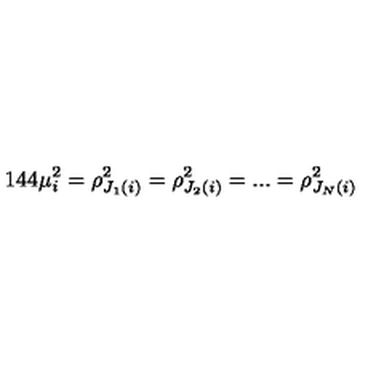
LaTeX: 1 4 4 \mu _ { i } ^ { 2 } = \rho _ { J _ { 1 } ( i ) } ^ { 2 } = \rho _ { J _ { 2 } ( i ) } ^ { 2 } = . . . = \rho _ { J _ { N } ( i ) } ^ { 2 }